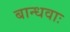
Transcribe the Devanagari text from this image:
बान्धवाः